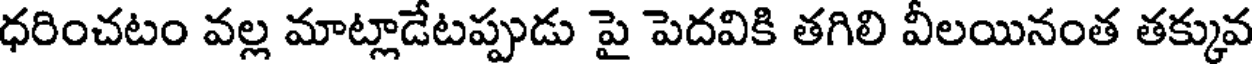
ధరించటం వల్ల మాట్లాడేటప్పుడు పై పెదవికి తగిలి వీలయినంత తక్కువ